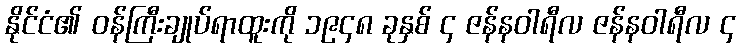
နိုင်ငံ၏ ဝန်ကြီးချုပ်ရာထူးကို ၁၉၄၈ ခုနှစ် ၄ ဇန်နဝါရီလ ဇန်နဝါရီလ ၄